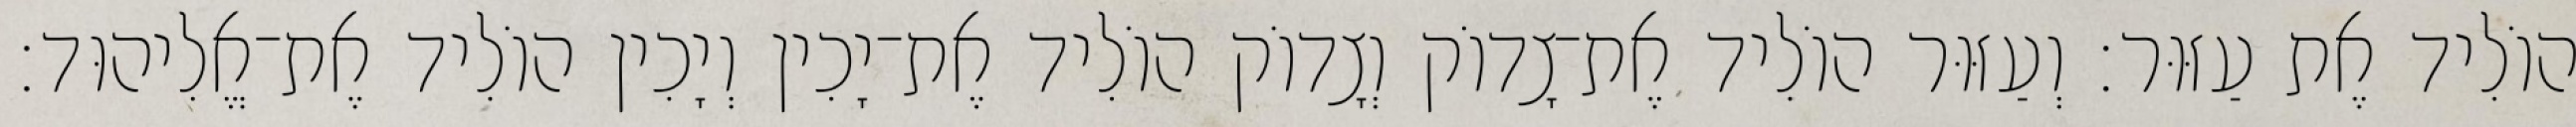
הוֹלִיד אֶת עַזּוּר׃ וְעַזּוּר הוֹלִיד אֶת־צָדוֹק וְצָדוֹק הוֹלִיד אֶת־יָכִין וְיָכִין הוֹלִיד אֶת־אֱלִיהוּד׃